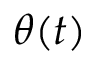
\theta ( t )